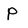
Character: p